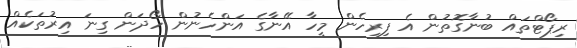
ރިޕޯޓްތައް ބުނާގޮތުން އެ ފިރިހެން މީހާ އޭނާގެ އަންހެނުން ހޯދަން ގިނަ އިރުތަކެއް